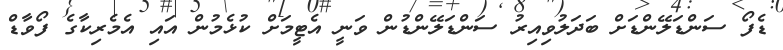
ޑެފޯ ސަންޑަލޭންޑަށް ބަދަލުވިއިރު ސަންޑަލޭންޑުން ވަނީ އެޓީމަށް ކުޅެމުން އައި އެމެރިކާގެ ފޯވާޑް